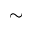
\sim